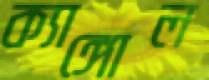
ক্যাঙ্গোল